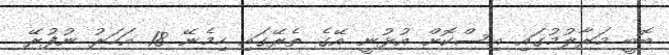
ބޮބީ މަރާލުމުގައި އިސްކޮށް އުޅުނީ އޭގެ ތެރޭގައި ހިމެނޭ 18 އަހަރު ނުފުރޭ